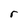
Character: r